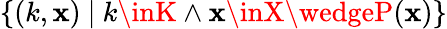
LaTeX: \{ (k,\mathbf{x})\ |\ k\inK\wedge\mathbf{x}\inX\wedgeP(\mathbf{x})\}